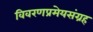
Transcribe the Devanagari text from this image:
विवरणप्रमेयसंग्रह